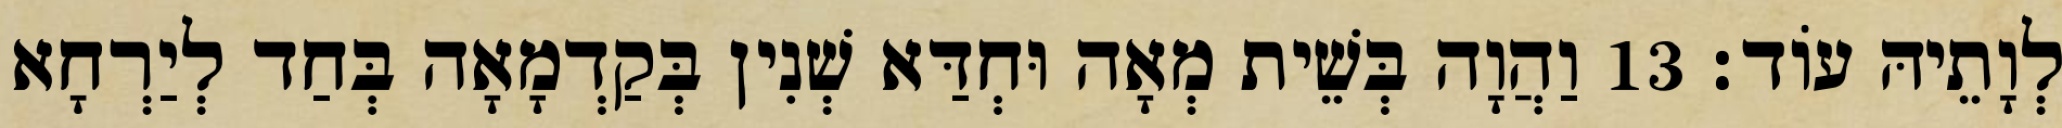
לְוָתֵיהּ עוֹד׃ 13 וַהֲוָה בְּשֵׁית מְאָה וּחְדַּא שְׁנִין בְּקַדְמָאָה בְּחַד לְיַרְחָא